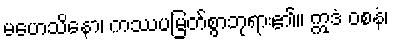
မဟေသိနော၊ ကဿပမြတ်စွာဘုရား၏။ ဣဒံ ဝစနံ၊